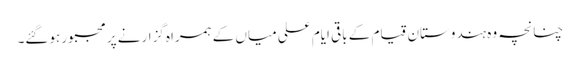
چنانچہ وہ ہندوستان قیام کے باقی ایام علی میاں کے ہمراہ گزارنے پر مجبور ہوگئے۔